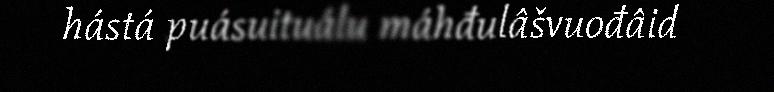
hástá puásuituálu máhđulâšvuođâid